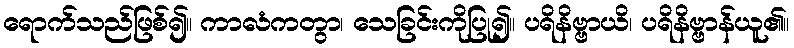
ရောက်သည်ဖြစ်၍။ ကာလံကတွာ၊ သေခြင်းကိုပြု၍။ ပရိနိဗ္ဗာယိ၊ ပရိနိဗ္ဗာန်ယူ၏။